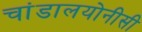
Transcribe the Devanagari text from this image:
चांडालयोनीसी